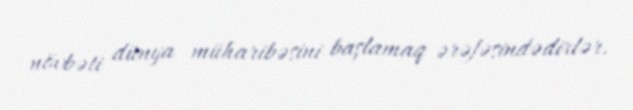
növbəti dünya müharibəsini başlamaq ərəfəsindədirlər.